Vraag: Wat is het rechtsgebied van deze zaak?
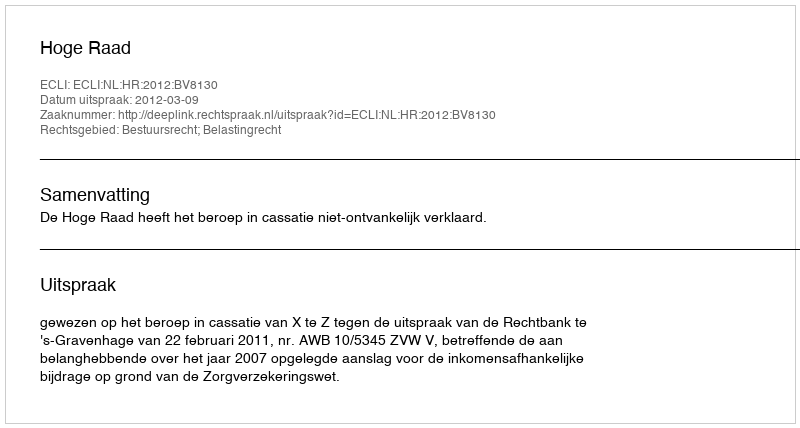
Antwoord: Bestuursrecht; Belastingrecht